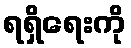
ရရှိရေးကို